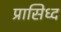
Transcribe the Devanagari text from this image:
प्रासिध्द